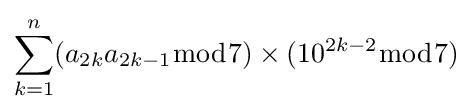
\sum _{k=1}^{n}(a_{2k}a_{2k-1}{\bmod {7}})\times (10^{2k-2}{\bmod {7}})